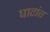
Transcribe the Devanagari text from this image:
घाटांत